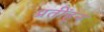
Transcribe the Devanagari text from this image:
प्रतींहून